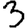
Digit: 3